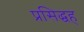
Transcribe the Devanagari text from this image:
प्रसिद्धह